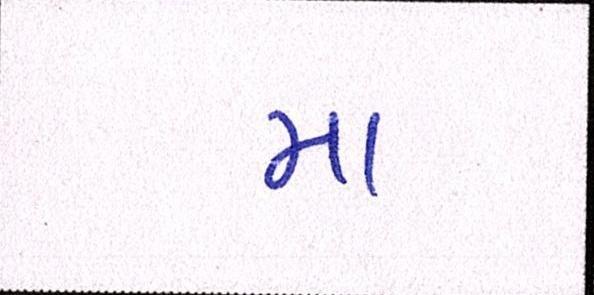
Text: મા